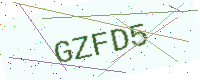
Text: GZFD5